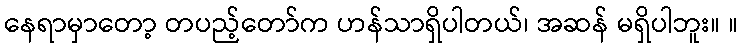
နေရာမှာတော့ တပည့်တော်က ဟန်သာရှိပါတယ်၊ အဆန် မရှိပါဘူး။ ။